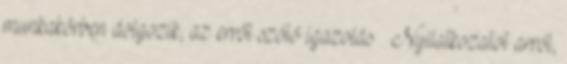
munkakörben dolgozik, az erről szóló igazolás § Nyilatkozatot arról,